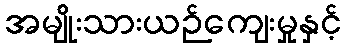
အမျိုးသားယဉ်ကျေးမှုနှင့်